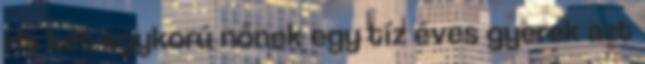
Ha két egykorú nőnek egy tíz éves gyerek azt